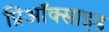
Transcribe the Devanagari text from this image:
प्रिऑक्साइड